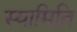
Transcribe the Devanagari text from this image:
स्यामिति